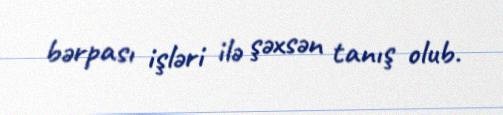
bərpası işləri ilə şəxsən tanış olub.